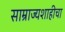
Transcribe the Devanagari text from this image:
साम्राज्यशाहीचा